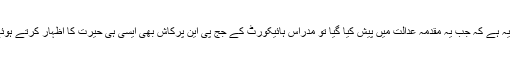
دلچسپ بات یہ ہے کہ جب یہ مقدمہ عدالت میں پیش کیا گیا تو مدراس ہائیکورٹ کے جج پی این پرکاش بھی ایسی ہی حیرت کا اظہار کرتے ہوئے نظر آئے۔